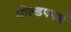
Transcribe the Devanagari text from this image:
गोल्डफार्ब